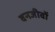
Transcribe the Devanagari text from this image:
वनजीवों